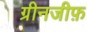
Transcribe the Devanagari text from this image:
ग्रीनजीफ़